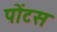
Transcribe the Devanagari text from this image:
पोंटस